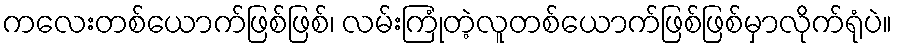
ကလေးတစ်ယောက်ဖြစ်ဖြစ်၊ လမ်းကြုံတဲ့လူတစ်ယောက်ဖြစ်ဖြစ်မှာလိုက်ရုံပဲ။